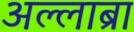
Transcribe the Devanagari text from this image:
अल्लाब्रा